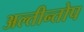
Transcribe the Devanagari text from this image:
अल्तीन्तोप